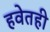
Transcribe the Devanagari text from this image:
हवेतही